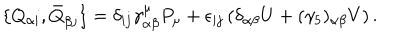
\{ Q _ { \alpha i } , \bar { Q } _ { \beta j } \} = \delta _ { i j } \gamma _ { \alpha \beta } ^ { \mu } P _ { \mu } + \epsilon _ { i j } \left( \delta _ { \alpha \beta } U + ( \gamma _ { 5 } ) _ { \alpha \beta } V \right) .